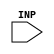
`timescale 1ns/1ps
`celldefine
module BUSKP (INP);
input INP;



endmodule
`endcelldefine